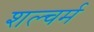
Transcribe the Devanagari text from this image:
शल्चर्म